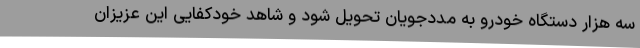
سه هزار دستگاه خودرو به مددجویان تحویل شود و شاهد خودکفایی این عزیزان